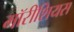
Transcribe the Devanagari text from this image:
मॉरीशियस